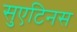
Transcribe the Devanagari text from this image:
सुएटिनस